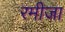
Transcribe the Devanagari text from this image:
रमीजा